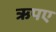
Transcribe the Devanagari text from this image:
ऋपए